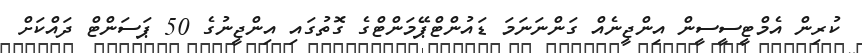
ކުރިން އެމްޓީސީސީން އިންޖީނެއް ގަންނަނަމަ ޑައުންޓްޕޭމަންޓްގެ ގޮތުގައި އިންޖީނުގެ 50 ޕަސަންޓް ދައްކަށް